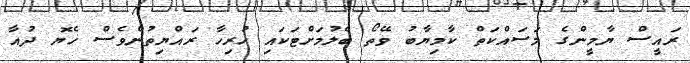
ރައީސް ޔާމީންގެ މަސައްކަތް ކާމިޔާބު ވޭތޯ ބެލުމަށްޓަކައި ހުރިހާ ރައްޔިތުންވެސް ހެޔޮ ދުއާ